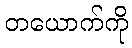
တယောက်ကို